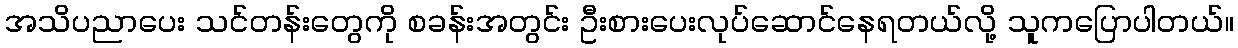
အသိပညာပေး သင်တန်းတွေကို စခန်းအတွင်း ဦးစားပေးလုပ်ဆောင်နေရတယ်လို့ သူကပြောပါတယ်။